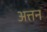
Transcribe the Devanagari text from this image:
अत्तन